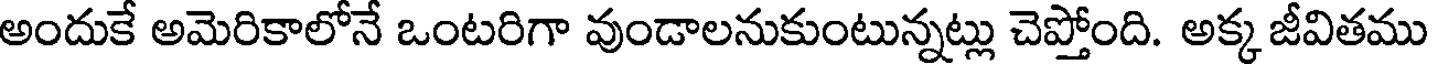
అందుకే అమెరికాలోనే ఒంటరిగా వుండాలనుకుంటున్నట్లు చెప్తోంది. అక్క జీవితము